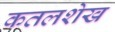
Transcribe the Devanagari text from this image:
कतलशेख